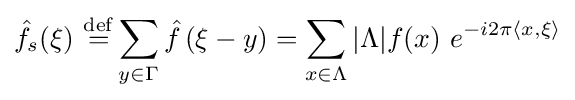
{\hat {f}}_{s}(\xi )\ {\stackrel {\mathrm {def} }{=}}\sum _{y\in \Gamma }{\hat {f}}\left(\xi -y\right)=\sum _{x\in \Lambda }|\Lambda |f(x)\ e^{-i2\pi \langle x,\xi \rangle }